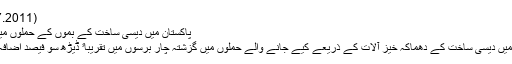
(20.07.2011)
پاکستان میں دیسی ساخت کے بموں کے حملوں میں اضافہ
پاکستان میں دیسی ساخت کے دھماکہ خیز آلات کے ذریعے کیے جانے والے حملوں میں گزشتہ چار برسوں میں تقریباﹰ ڈیڑھ سو فیصد اضافہ ہوا ہے۔